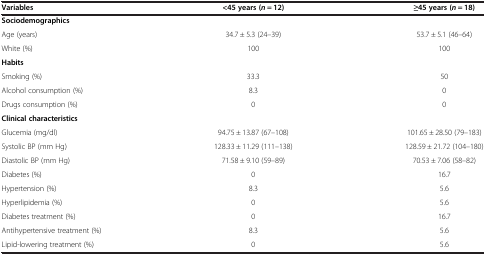
<table><thead><tr><td><b>Variables</b></td><td><b>&lt;45 years (<i>n</i> = 12)</b></td><td><b>≥45 years (<i>n</i> = 18)</b></td></tr></thead><tbody><tr><td><b>Sociodemographics</b></td><td>[EMPTY_CELL]</td><td>[EMPTY_CELL]</td></tr><tr><td>Age (years)</td><td>34.7 ± 5.3 (24–39)</td><td>53.7 ± 5.1 (46–64)</td></tr><tr><td>White (%)</td><td>100</td><td>100</td></tr><tr><td><b>Habits</b></td><td>[EMPTY_CELL]</td><td>[EMPTY_CELL]</td></tr><tr><td>Smoking (%)</td><td>33.3</td><td>50</td></tr><tr><td>Alcohol consumption (%)</td><td>8.3</td><td>0</td></tr><tr><td>Drugs consumption (%)</td><td>0</td><td>0</td></tr><tr><td><b>Clinical characteristics</b></td><td>[EMPTY_CELL]</td><td>[EMPTY_CELL]</td></tr><tr><td>Glucemia (mg/dl)</td><td>94.75 ± 13.87 (67–108)</td><td>101.65 ± 28.50 (79–183)</td></tr><tr><td>Systolic BP (mm Hg)</td><td>128.33 ± 11.29 (111–138)</td><td>128.59 ± 21.72 (104–180)</td></tr><tr><td>Diastolic BP (mm Hg)</td><td>71.58 ± 9.10 (59–89)</td><td>70.53 ± 7.06 (58–82)</td></tr><tr><td>Diabetes (%)</td><td>0</td><td>16.7</td></tr><tr><td>Hypertension (%)</td><td>8.3</td><td>5.6</td></tr><tr><td>Hyperlipidemia (%)</td><td>0</td><td>5.6</td></tr><tr><td>Diabetes treatment (%)</td><td>0</td><td>16.7</td></tr><tr><td>Antihypertensive treatment (%)</td><td>8.3</td><td>5.6</td></tr><tr><td>Lipid-lowering treatment (%)</td><td>0</td><td>5.6</td></tr></tbody></table>